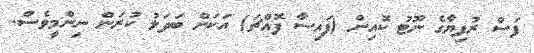
ފަސް ރުފިޔާގެ ނޫޓު ކޮއިން (ފައިސާ ފޮއްޗަ) އަކަށް ބަދަލު ކުރަން ނިންމީވެސް.